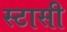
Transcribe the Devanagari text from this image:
स्टासी